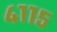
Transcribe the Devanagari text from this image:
४११५